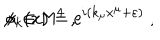
\phi _ { k } ( x ) = \mathrm { e } ^ { i ( k _ { \mu } x ^ { \mu } + \varepsilon ) } \; , \hspace { 1 c m } x \in { \sf M } ^ { 4 } \; ,